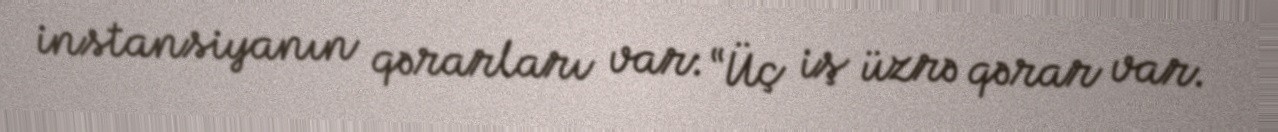
instansiyanın qərarları var: “Üç iş üzrə qərar var.